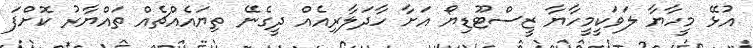
އުޅޭ މީހާޔާ ލަވަކީމީހާޔާ ޒީސްޓޫޑިޔޯ އަށާ ހާދަލާރިއެއް ދީގެނޭ ތިޔައެއްޗެއް ތައްޔާރު ކޮށްފަ